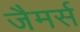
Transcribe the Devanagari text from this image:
जैमर्स